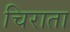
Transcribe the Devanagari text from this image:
चिराता